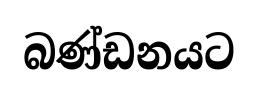
බණ්ඩනයට